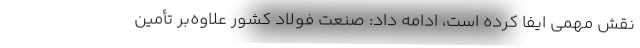
نقش مهمی ایفا کرده است، ادامه داد: صنعت فولاد کشور علاوه‌بر تأمین